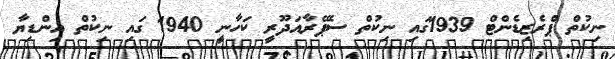
ނިކުތް ޕްރެޒިޑެންޓް 1939ގައި ނިކުތް ސެޕޭރާއަދޫރީ ކަހާނީ 1940 ގައި ނިކުތް އިންޑިޔާ